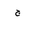
Letter: _gim